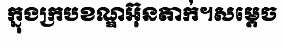
ក្នុងក្របខណ្ឌអ៊ុនតាក់។សម្តេច